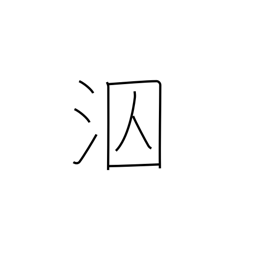
Meaning: swim